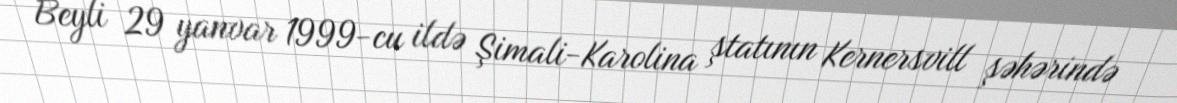
Beyli 29 yanvar 1999-cu ildə Şimali-Karolina ştatının Kernersvill şəhərində